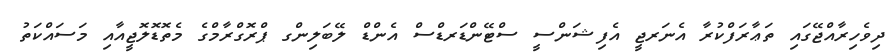
ދިވެހިރާއްޖޭގައި ތަޢާރަފްކުރާ އެނަރޖީ އެފިޝަންސީ ސްޓޭންޑަރޑްސް އެންޑް ލޭބަލިންގ ޕްރޮގްރާމްގެ މެތޮޑޮލޮޖީއާއި މަސައްކަތު